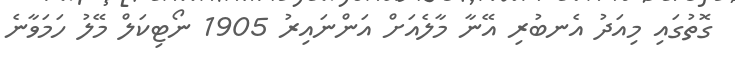
ގޮތުގައި މިއަދު އެނބުރި އޭނާ މާލެއަށް އަންނައިރު 1905 ނޯޓިކަލް މޭލު ހަމަވާނެ